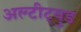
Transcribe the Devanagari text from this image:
अल्टीट्युड